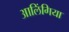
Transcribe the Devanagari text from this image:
आलिंगिया